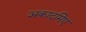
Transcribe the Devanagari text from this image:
अकादमिए